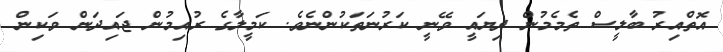
އޮތްއިރު ބާލީސް ތެމެމުން ދިޔައީ ވޭނީ ކަރުނަތަކުންނެވެ. ކަމީލާގެ ރުއިމުން ޖައިދަން ވަކިން